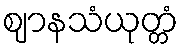
ဈာနသံယုတ္တံ